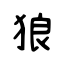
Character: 狼